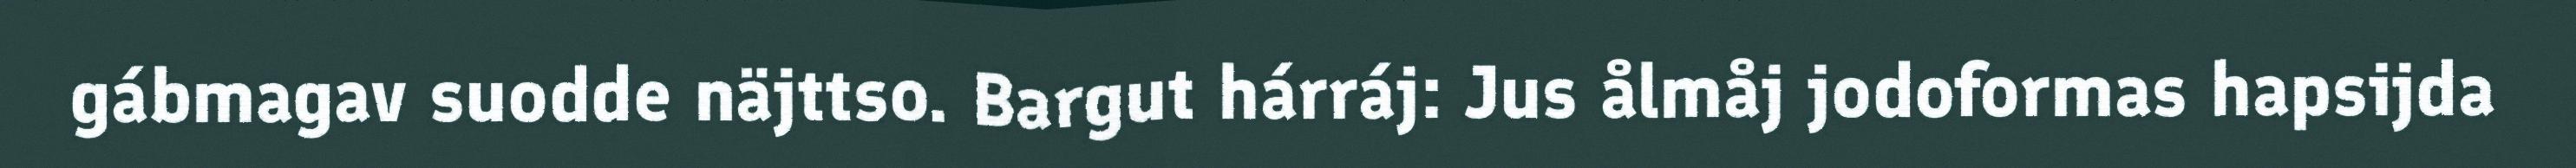
gábmagav suodde näjttso. Bargut hárráj: Jus ålmåj jodoformas hapsijda